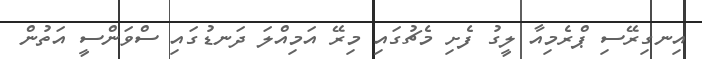
އިނގިރޭސި ޕްރެމިއާ ލީގު ފެށި މެޗުގައި މިރޭ އަމިއްލަ ދަނޑުގައި ސްވަންސީ އަތުން